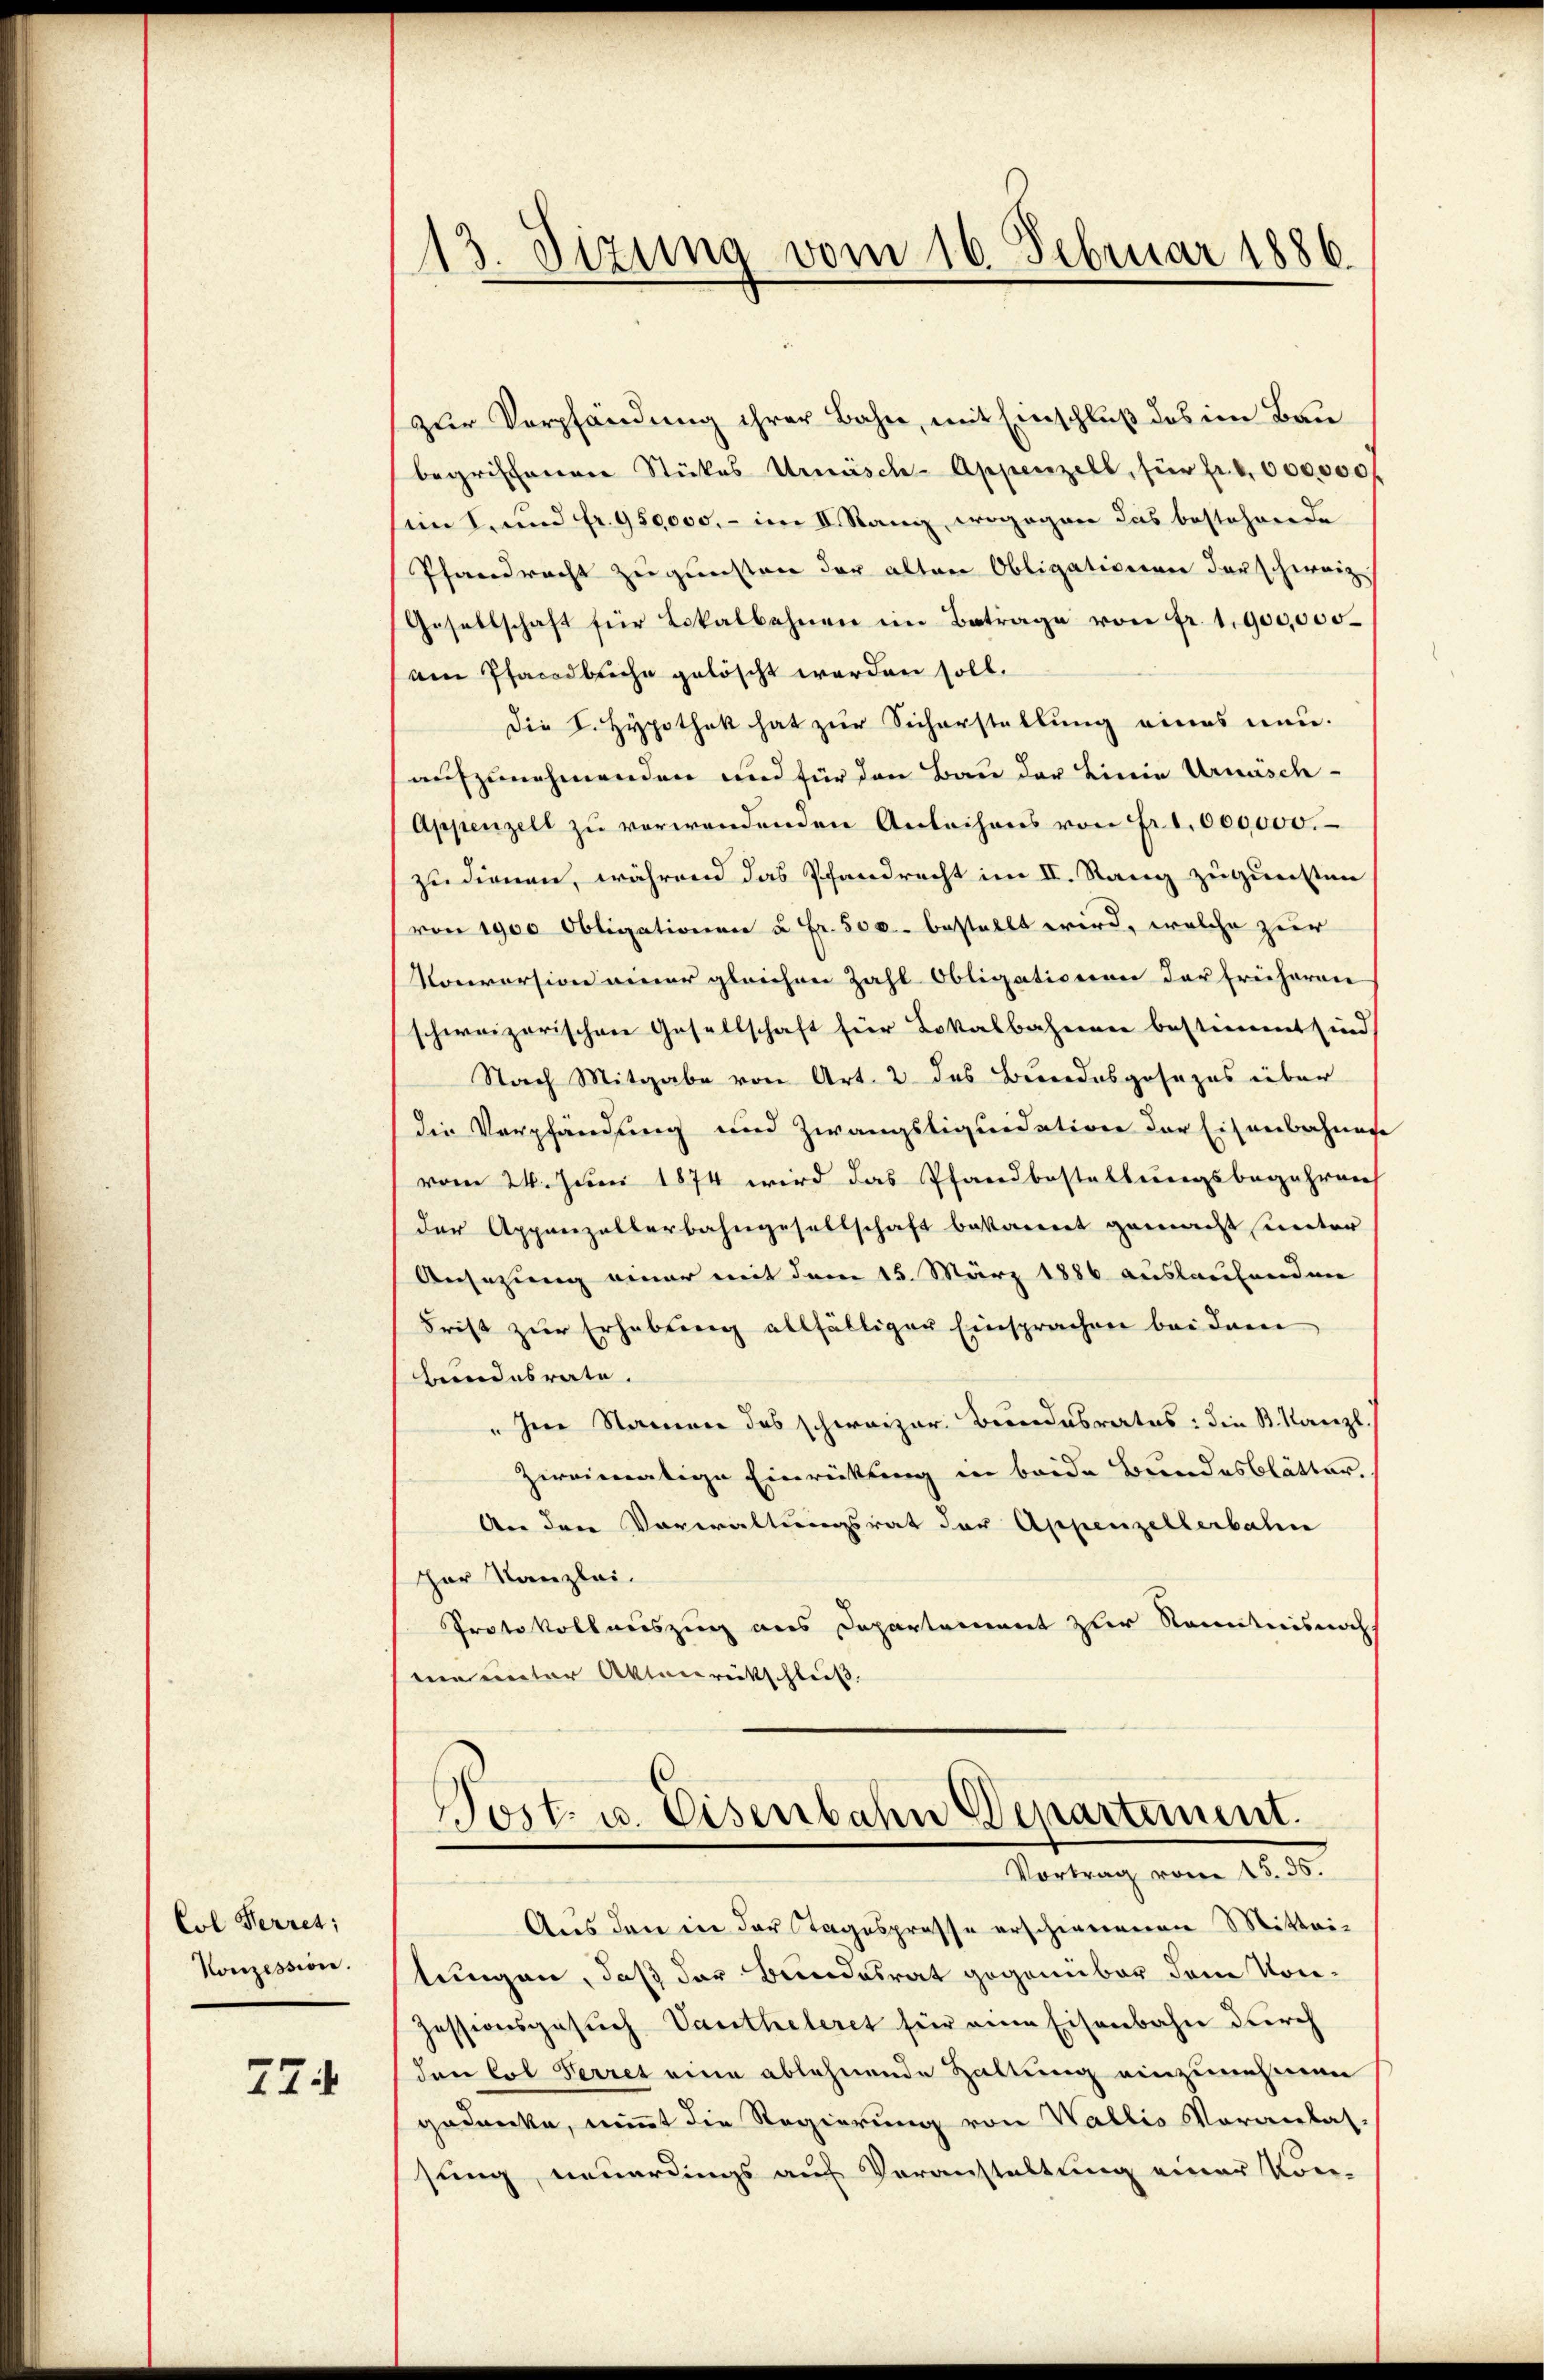
Col Ferret;
Konzession.

77

13. Sizung vom 16. Februar 1886

zur Verpfändung ihrer Bahne, mit Einschluß des im Bau
begrifferenen Stückes Urmisch-Appenzell, für fr. 6000000f
im 8. und fr. 950000. - im II. Rang, wogegen das bestehende
Pfandrecht zugunsten der alten Obligationen der schweiz
Gesellschaft für Lokalbahnen im Betrage von fr. 1900,000.
am Pfacadbuche gelöscht werden soll.
Die S. Hypothek hat zur Sicherstellung eines neu-
aufzunehmenden und für den Bau der Linie Urmisch-
Appenzell zu verwendenden Anleihens von Fr. 1000,000.
zudienen, während das Pfandrecht im II. Stang zugunsten
von 1900 Obligationen u. Fr. 500.- bestellt wird, welche zur
Konversion einer gleichen Zahl Obligationen der Frühereie
schweizerischen Gesellschaft für Lokalbahnen bestimmt sind
Nach Mitgabe von Art. 2 des Bundesgesezes über
die Verpfändung und Zwangsliquidation der Eisenbahnen
vom 24. Juni 1874 wird das Pfandbestellungsbegehrens
der Appenzelterbahngesellschaft bekannt gemacht unter
Ansazung einer mit dem 15. März 1886 auslaufenden
Frist zur Erhebung allfälliger Einsprachen bei dem
hundesrate.
"Ire Namen des schweizer Bundesrates: die B. Kanzl.
Zireimatige Einrückung in beide Bundesblätter,
An den Vorwaltungsrat der Appenzellerbahn
Har Kanzlei.
Protokollauszug aus Departement zur Kenntnis noch
eie unter Aktenrückschluß.

Post- u. Eisenbahn Departement.
Vortrag vom 15. 36.

Aus den ein der Tagesprosse erschienenen Mittei-
tungen, daß der Bundesrat gegenüber dem Kon¬
Zessionsgesuch Vautheleret für eine Eisenbahn durch
den Col Verret eine ablehnende Haltung einzunehmen
gedanke, nimmt die Regierung von Wallis Voranlas-
sung, neuerdings auf Voranstaltung einer Kon-